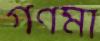
গণমা